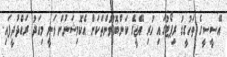
އޭސީސީގެ ތަހުގީގު ރިޕޯޓުގައި ހުރި އޭޖީގެ ކަންބޮޑުވުންތަކަށް އެކޮމިޝަނުން ވަނީ މިއަދު ރައްދުދީފައި.